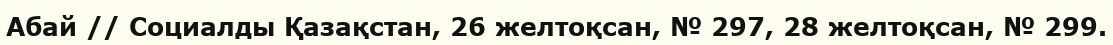
Абай // Социалды Қазақстан, 26 желтоқсан, № 297, 28 желтоқсан, № 299.